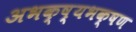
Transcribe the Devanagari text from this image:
अभक्ष्यभक्षण